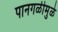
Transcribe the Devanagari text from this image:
पानगळीमुळे